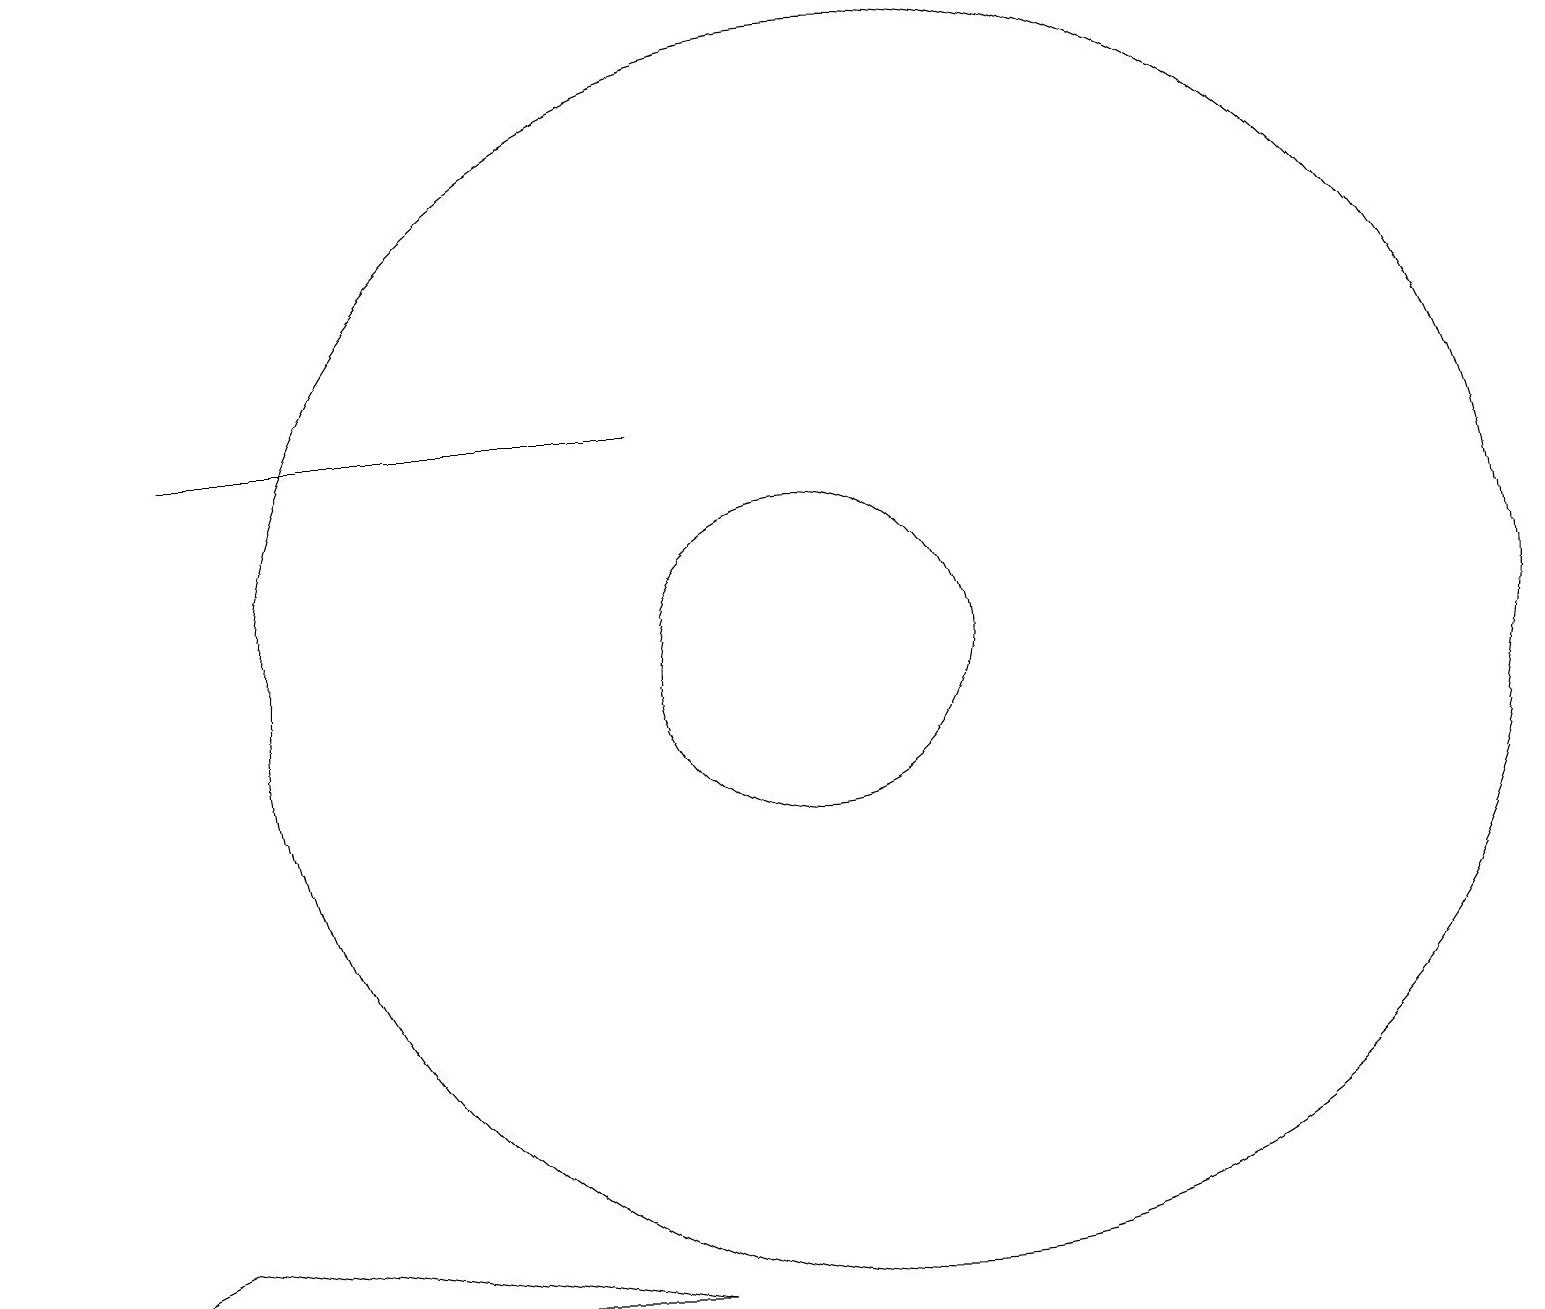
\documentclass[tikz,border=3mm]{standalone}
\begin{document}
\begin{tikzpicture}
\draw (11,11) circle (8);
\draw (0,3) -- (8,3) -- (2,4) -- cycle;
\draw (2,14) rectangle (8,14);
\draw (10,11) circle (2);
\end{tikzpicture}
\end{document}